Insane asylums Bombay 1873-77 - 1873-1877
Year: 1873
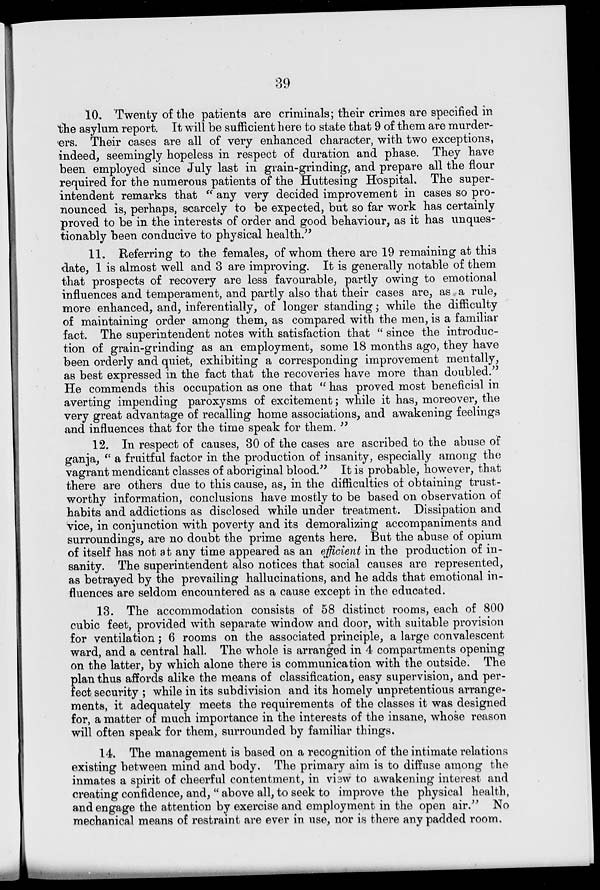
39
10. Twenty of the patients are criminals; their crimes are specified in
the asylum report. It will be sufficient here to state that 9 of them are murder-
ers. Their cases are all of very enhanced character, with two exceptions,
indeed, seemingly hopeless in respect of duration and phase. They have
been employed since July last in grain-grinding, and prepare all the flour
required for the numerous patients of the Huttesing Hospital. The super-
intendent remarks that "any very decided improvement in cases so pro-
nounced is, perhaps, scarcely to be expected, but so far work has certainly
proved to be in the interests of order and good behaviour, as it has unques-
tionably been conducive to physical health."
11. Referring to the females, of whom there are 19 remaining at this
date, 1 is almost well and 3 are improving. It is generally notable of them
that prospects of recovery are less favourable, partly owing to emotional
influences and temperament, and partly also that their cases are, as a rule,
more enhanced, and, inferentially, of longer standing; while the difficulty
of maintaining order among them, as compared with the men, is a familiar
fact. The superintendent notes with satisfaction that "since the introduc-
tion of grain-grinding as an employment, some 18 months ago, they have
been orderly and quiet, exhibiting a corresponding improvement mentally,
as best expressed in the fact that the recoveries have more than doubled."
He commends this occupation as one that "has proved most beneficial in
averting impending paroxysms of excitement; while it has, moreover, the
very great advantage of recalling home associations, and awakening feelings
and influences that for the time speak for them. "
12. In respect of causes, 30 of the cases are ascribed to the abuse of
ganja, "a fruitful factor in the production of insanity, especially among the
vagrant mendicant classes of aboriginal blood." It is probable, however, that
there are others due to this cause, as, in the difficulties of obtaining trust-
worthy information, conclusions have mostly to be based on observation of
habits and addictions as disclosed while under treatment. Dissipation and
vice, in conjunction with poverty and its demoralizing accompaniments and
surroundings, are no doubt the prime agents here. But the abuse of opium
of itself has not at any time appeared as an efficient in the production of in-
sanity. The superintendent also notices that social causes are represented,
as betrayed by the prevailing hallucinations, and he adds that emotional in-
fluences are seldom encountered as a cause except in the educated.
13. The accommodation consists of 58 distinct rooms, each of 800
cubic feet, provided with separate window and door, with suitable provision
for ventilation; 6 rooms on the associated principle, a large convalescent
ward, and a central hall. The whole is arranged in 4 compartments opening
on the latter, by which alone there is communication with the outside. The
plan thus affords alike the means of classification, easy supervision, and per-
fect security ; while in its subdivision and its homely unpretentious arrange-
ments, it adequately meets the requirements of the classes it was designed
for, a matter of much importance in the interests of the insane, whose reason
will often speak for them, surrounded by familiar things.
14. The management is based on a recognition of the intimate relations
existing between mind and body. The primary aim is to diffuse among the
inmates a spirit of cheerful contentment, in view to awakening interest and
creating confidence, and, "above all, to seek to improve the physical health,
and engage the attention by exercise and employment in the open air." No
mechanical means of restraint are ever in use, nor is there any padded room.